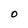
Character: O